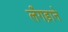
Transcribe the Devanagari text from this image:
लँगड़ाने